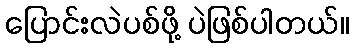
ပြောင်းလဲပစ်ဖို့ ပဲဖြစ်ပါတယ်။